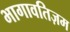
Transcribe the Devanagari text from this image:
भागावतिज़म